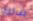
بذلك